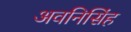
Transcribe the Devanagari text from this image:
अवनिसिंह